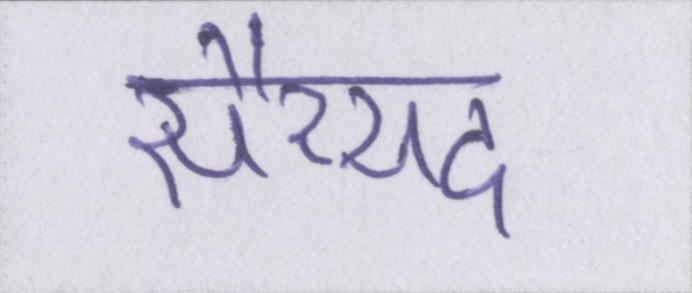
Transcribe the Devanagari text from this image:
सैय्यद